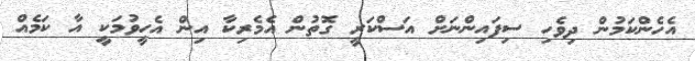
އެހެންކަމުން ދިވެހި ސިފައިންނަށް އަސްކަރީ ގޮތުން އެމެރިކާ އިން އެހީވުމަކީ އާ ކަމެއް